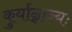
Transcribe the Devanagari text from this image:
कुर्यान्नान्यः